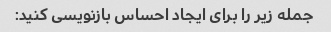
جمله زیر را برای ایجاد احساس بازنویسی کنید: